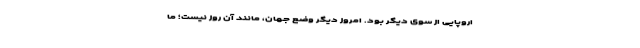
اروپایی از سوی دیگر بود. امروز دیگر وضع جهان، مانند آن روز نیست؛ ما